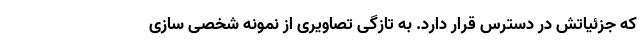
که جزئیاتش در دسترس قرار دارد. به تازگی تصاویری از نمونه شخصی سازی